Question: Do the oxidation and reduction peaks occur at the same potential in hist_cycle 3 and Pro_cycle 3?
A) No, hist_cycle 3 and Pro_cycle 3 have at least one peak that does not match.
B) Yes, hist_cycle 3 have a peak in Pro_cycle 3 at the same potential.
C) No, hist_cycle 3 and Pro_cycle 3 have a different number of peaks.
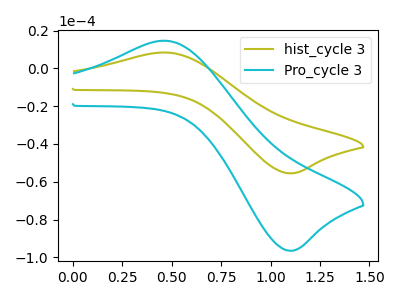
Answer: <think>The olive curve "hist_cycle 3" has an anodic peak at (0.45V, 8.45uA) and a cathodic peak at (1.10V, -55.55uA). The cyan curve "Pro_cycle 3" has an anodic peak at (0.45V, 14.70uA) and a cathodic peak at (1.10V, -96.55uA).</think>
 <answer>B) Yes, "hist_cycle 3" have a peak in "Pro_cycle 3" at the same potential.</answer>
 <eval>B</eval>